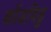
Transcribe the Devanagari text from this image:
कोंडविडु